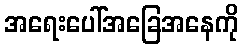
အရေးပေါ်အခြေအနေကို